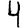
Digit: 4